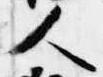
人